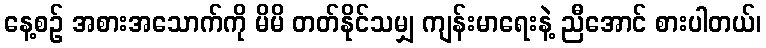
နေ့စဉ် အစားအသောက်ကို မိမိ တတ်နိုင်သမျှ ကျန်းမာရေးနဲ့ ညီအောင် စားပါတယ်၊